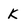
Character: k